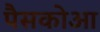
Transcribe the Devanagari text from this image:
पैसकोआ